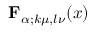
{ \mathbf { F } } _ { \alpha ; k \mu , l \nu } ( x )